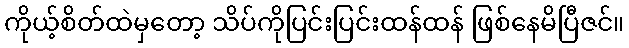
ကိုယ့်စိတ်ထဲမှတော့ သိပ်ကိုပြင်းပြင်းထန်ထန် ဖြစ်နေမိပြီဇင်။